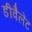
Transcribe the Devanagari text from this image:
डीवैलेंट